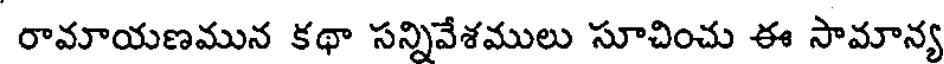
రామాయణమున కథా సన్నివేశములు సూచించు ఈ సామాన్య